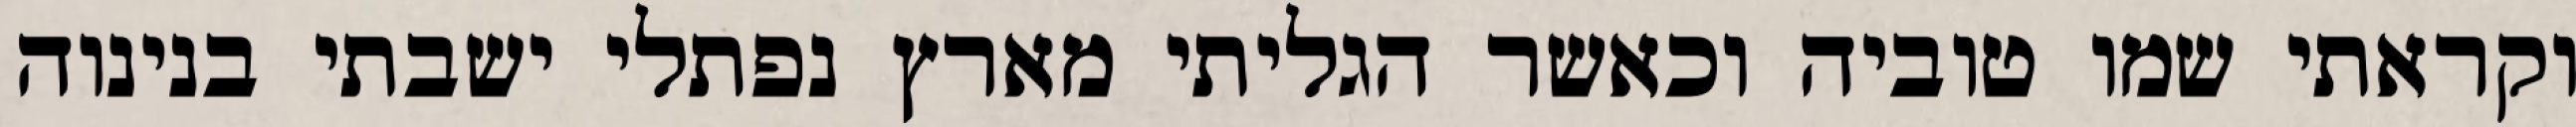
וקראתי שמו טוביה וכאשר הגליתי מארץ נפתלי ישבתי בנינוה